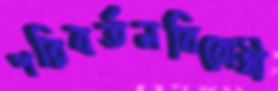
পরিবর্তনবিরোধী